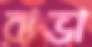
রাভা